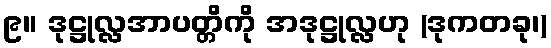
၉။ ဒုဋ္ဌုလ္လအာပတ္တိကို အဒုဋ္ဌုလ္လဟု (ဒုကတခု၊)